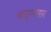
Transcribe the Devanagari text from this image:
वरुणसर